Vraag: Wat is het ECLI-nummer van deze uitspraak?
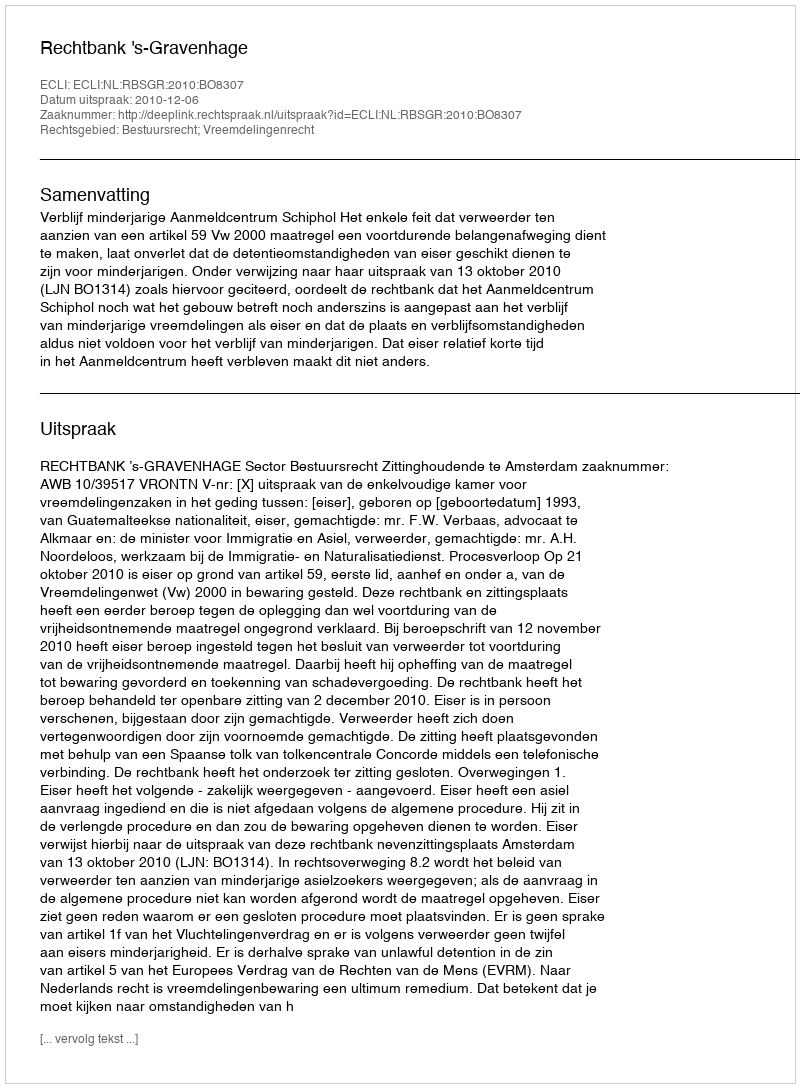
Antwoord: ECLI:NL:RBSGR:2010:BO8307